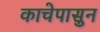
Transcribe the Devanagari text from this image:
काचेपासुन